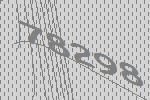
78298